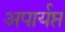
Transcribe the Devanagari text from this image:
अपार्यप्त